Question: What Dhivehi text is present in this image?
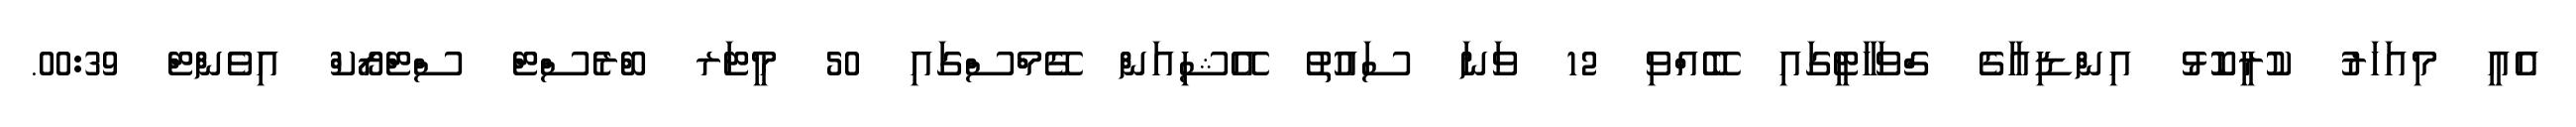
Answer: އެއީ މިއަހަރު ކުރީކޮޅު އިންޑިއާގެ ގްވަހާޓީގައި ބޭއްވި 12 ވަނަ ސައުތު އޭޝިއަން ގޭމްސްގައި 50 މީޓަރ ބްރެސްޓް ސްޓްރޯކް އިވެންޓް 00:39.